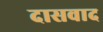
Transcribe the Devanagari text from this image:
दासवाद